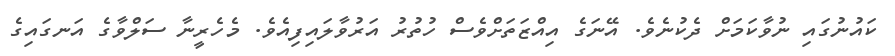
ކައުނުގައި ނުވާކަމަށް ދެކުނެވެ. އޭނަގެ އިއްޒަތަށްވެސް ހުތުރު އަރުވާލައިފިއެވެ. މެހެރީނާ ސަލްވާގެ އަނގައިގެ